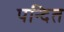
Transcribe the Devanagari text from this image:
पन्दित